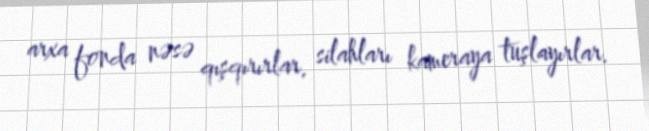
arxa fonda nəsə qışqırırlar, silahları kameraya tuşlayırlar.